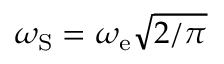
\omega _ { \mathrm { S } } = \omega _ { \mathrm { e } } \sqrt { 2 / \pi }